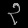
Digit: ၃